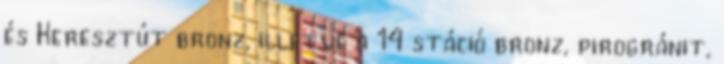
és Keresztút bronz, illetve a 14 stáció bronz, pirogránit,